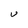
Character: U